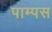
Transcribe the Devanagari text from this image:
पाम्पस